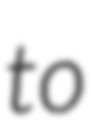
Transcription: to